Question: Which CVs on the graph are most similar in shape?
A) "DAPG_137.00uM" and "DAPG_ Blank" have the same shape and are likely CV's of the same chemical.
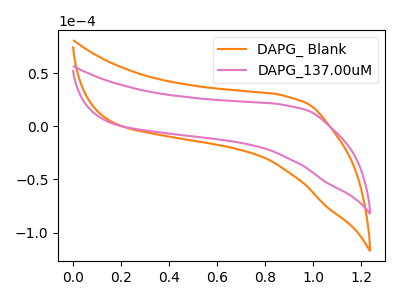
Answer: <think>The orange curve "DAPG_ Blank" has no peaks. The pink curve "DAPG_137.00uM" has no peaks.
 Neither "DAPG_ Blank" or "DAPG_137.00uM" have any peaks.</think>
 <answer>A) "DAPG_137.00uM" and "DAPG_ Blank" have the same shape and are likely CV's of the same chemical.</answer>
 <eval>A</eval>